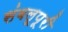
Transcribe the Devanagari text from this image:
संबलूपूरी